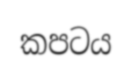
කපටය